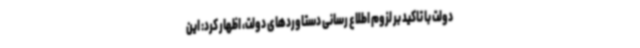
دولت با تاکید بر لزوم اطلاع رسانی دستاوردهای دولت، اظهار کرد: این